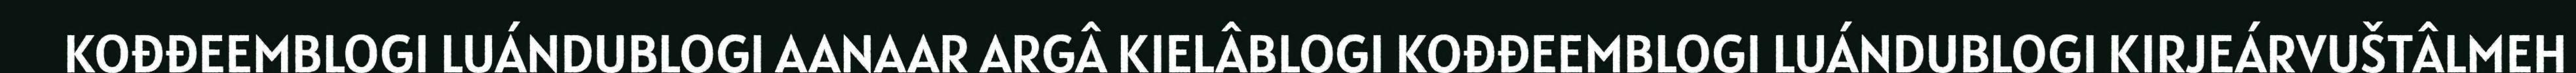
KOĐĐEEMBLOGI LUÁNDUBLOGI AANAAR ARGÂ KIELÂBLOGI KOĐĐEEMBLOGI LUÁNDUBLOGI KIRJEÁRVUŠTÂLMEH